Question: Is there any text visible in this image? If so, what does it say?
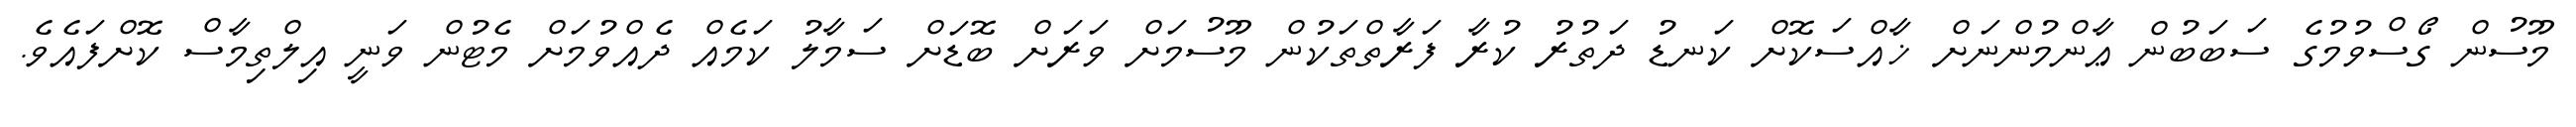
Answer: މޫސުން ގޯސްވުމުގެ ސަބަބުން ޢާންމުންނަށް ޚާއްސަކޮށް ކަނޑު ދަތުރު ކުރާ ފަރާތްތަކުން މޫސުމަށް ވަރަށް ބޮޑަށް ސަމާލު ކަމެއް ދެއްވުމަށް މެޓުން ވަނީ އިލްތިމާސް ކޮށްފައެވެ.